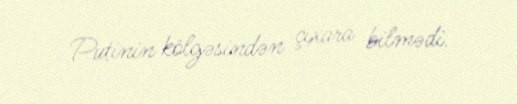
Putinin kölgəsindən çıxara bilmədi.